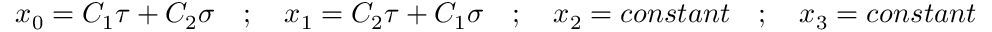
x _ { 0 } = C _ { 1 } \tau + C _ { 2 } \sigma \quad ; \quad x _ { 1 } = C _ { 2 } \tau + C _ { 1 } \sigma \quad ; \quad x _ { 2 } = c o n s t a n t \quad ; \quad x _ { 3 } = c o n s t a n t